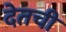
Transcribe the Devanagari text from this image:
देतची